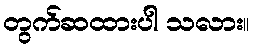
တွက်ဆထားပါ သလား။